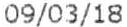
09/03/18